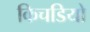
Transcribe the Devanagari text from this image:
किचडियो